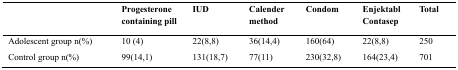
<table><thead><tr><td></td><td><b>Progesterone containing pill</b></td><td><b>IUD</b></td><td><b>Calender method</b></td><td><b>Condom</b></td><td><b>Enjektabl Contasep</b></td><td><b>Total</b></td></tr></thead><tbody><tr><td>Adolescent group n(%)</td><td>10 (4)</td><td>22(8,8)</td><td>36(14,4)</td><td>160(64)</td><td>22(8,8)</td><td>250</td></tr><tr><td>Control group n(%)</td><td>99(14,1)</td><td>131(18,7)</td><td>77(11)</td><td>230(32,8)</td><td>164(23,4)</td><td>701</td></tr></tbody></table>